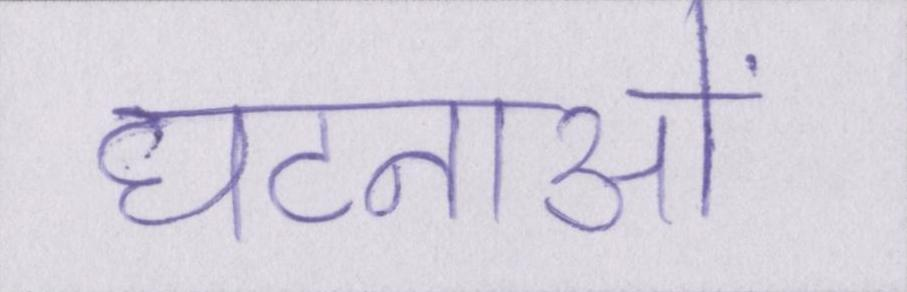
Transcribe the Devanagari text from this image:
घटनाओं